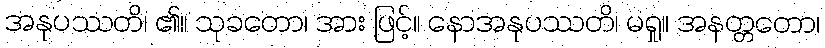
အနုပဿတိ၊ ၏။ သုခတော၊ အား ဖြင့်။ နောအနုပဿတိ၊ မရှု။ အနတ္တတော၊